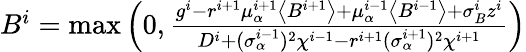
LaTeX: \begin{array}{r}{B^{i}=\operatorname*{max}\left(0,\frac{g^{i}-r^{i+1}\mu_{\alpha}^{i+1}\left<B^{i+1}\right>+\mu_{\alpha}^{i-1}\left<B^{i-1}\right>+\sigma_{B}^{i}z^{i}}{D^{i}+(\sigma_{\alpha}^{i-1})^{2}\chi^{i-1}-r^{i+1}(\sigma_{\alpha}^{i+1})^{2}\chi^{i+1}}\right)}\end{array}